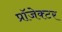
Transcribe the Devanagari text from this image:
प्रॉजेक्टर